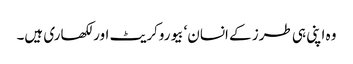
وہ اپنی ہی طرز کے انسان‘ بیوروکریٹ اور لکھاری ہیں۔